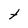
Character: t